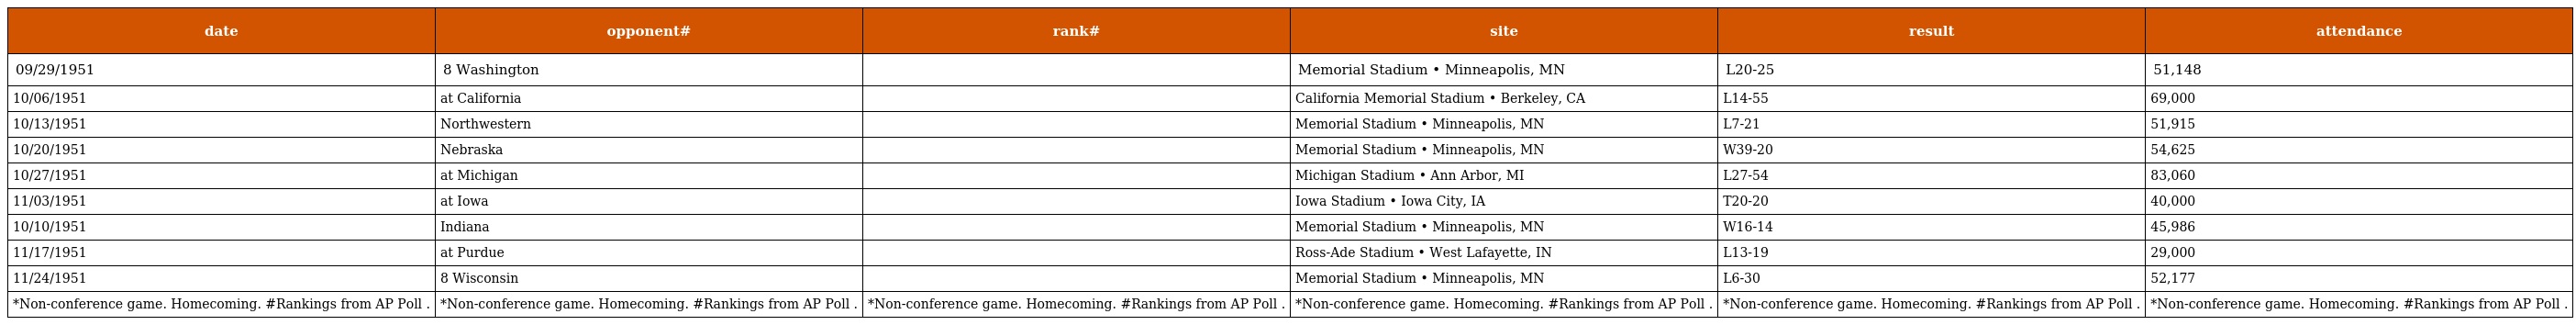
| date | opponent# | rank# | site | result | attendance |
 | --- | --- | --- | --- | --- | --- |
 | 09/29/1951 | 8 Washington |  | Memorial Stadium • Minneapolis, MN | L20-25 | 51,148 |
 | 10/06/1951 | at California |  | California Memorial Stadium • Berkeley, CA | L14-55 | 69,000 |
 | 10/13/1951 | Northwestern |  | Memorial Stadium • Minneapolis, MN | L7-21 | 51,915 |
 | 10/20/1951 | Nebraska |  | Memorial Stadium • Minneapolis, MN | W39-20 | 54,625 |
 | 10/27/1951 | at Michigan |  | Michigan Stadium • Ann Arbor, MI | L27-54 | 83,060 |
 | 11/03/1951 | at Iowa |  | Iowa Stadium • Iowa City, IA | T20-20 | 40,000 |
 | 10/10/1951 | Indiana |  | Memorial Stadium • Minneapolis, MN | W16-14 | 45,986 |
 | 11/17/1951 | at Purdue |  | Ross-Ade Stadium • West Lafayette, IN | L13-19 | 29,000 |
 | 11/24/1951 | 8 Wisconsin |  | Memorial Stadium • Minneapolis, MN | L6-30 | 52,177 |
 | *Non-conference game. Homecoming. #Rankings from AP Poll . | *Non-conference game. Homecoming. #Rankings from AP Poll . | *Non-conference game. Homecoming. #Rankings from AP Poll . | *Non-conference game. Homecoming. #Rankings from AP Poll . | *Non-conference game. Homecoming. #Rankings from AP Poll . | *Non-conference game. Homecoming. #Rankings from AP Poll . |